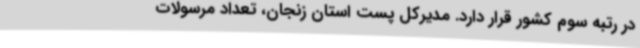
در رتبه سوم کشور قرار دارد. مدیرکل پست استان زنجان، تعداد مرسولات